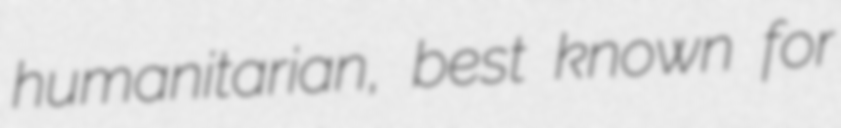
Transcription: humanitarian, best known for